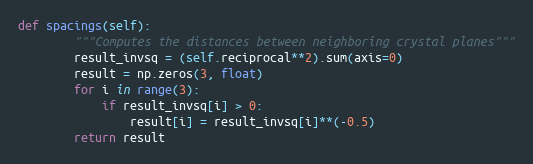
Language: Python
def spacings(self):
        """Computes the distances between neighboring crystal planes"""
        result_invsq = (self.reciprocal**2).sum(axis=0)
        result = np.zeros(3, float)
        for i in range(3):
            if result_invsq[i] > 0:
                result[i] = result_invsq[i]**(-0.5)
        return result